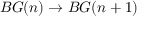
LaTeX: B G ( n ) \to B G ( n + 1 )